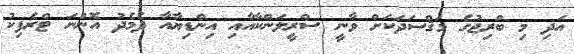
އަދި މި ބްރިޖުގެ މަޤްސަދަކަށް ވާނީ ސްރީލަންކާއާއި އިންޑިޔާއާ ދެމެދު އޮންނަ ޓްރެފިކު